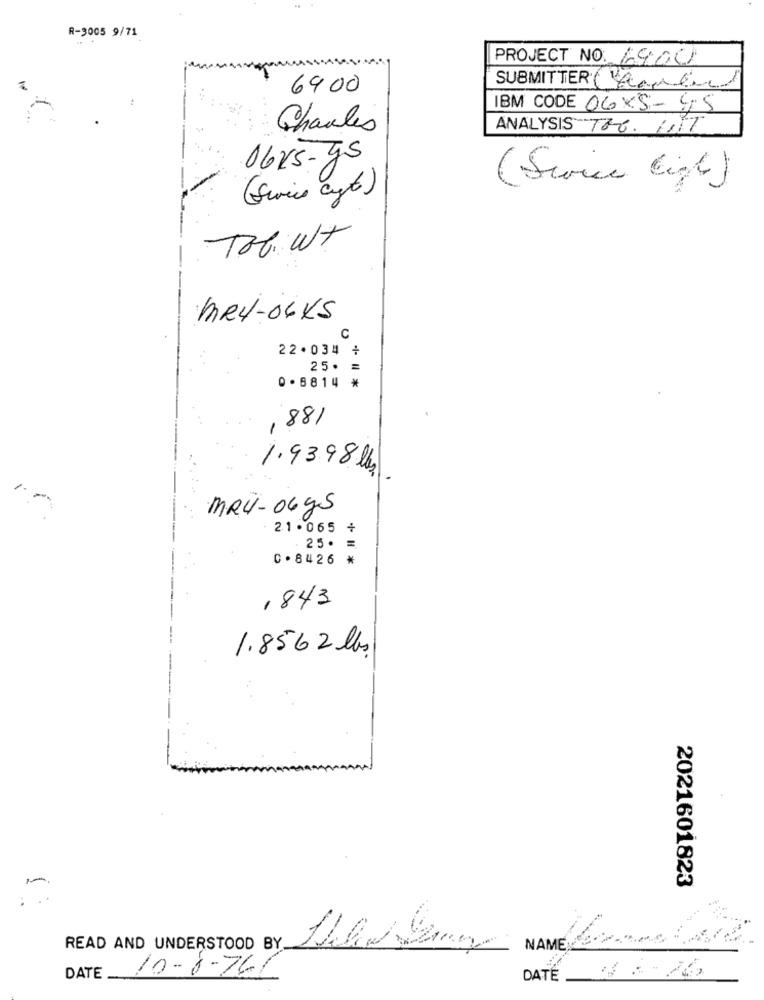
R-3005 9/71
PROJECT NO. 1900
6900
SUBMITTER (Share)
IBM CODE 06X5-45
Charles
ANALYSIS TH6. IT
06v5-gs
(Swvice ligt)
(Swice cyt )
Tobut
MR4-04KS
C
22.034 +
25. =
0.8814 *
881
-
1.93.98 lb
:-
MR4-06ys
21.065 +
. 25. =
C . 8426 *
, 843
1.8562 lbs
2021601823
READ AND UNDERSTOOD BY
NAME
10-6-76/
DATE
DATE